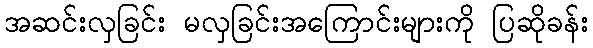
အဆင်းလှခြင်း မလှခြင်းအကြောင်းများကို ပြဆိုခန်း